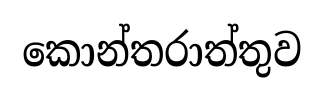
කොන්තරාත්තුව